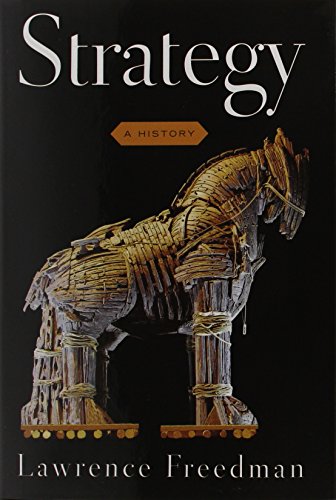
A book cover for Strategy: A History; Lawrence Freedman; History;